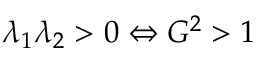
\lambda _ { 1 } \lambda _ { 2 } > 0 \Leftrightarrow G ^ { 2 } > 1